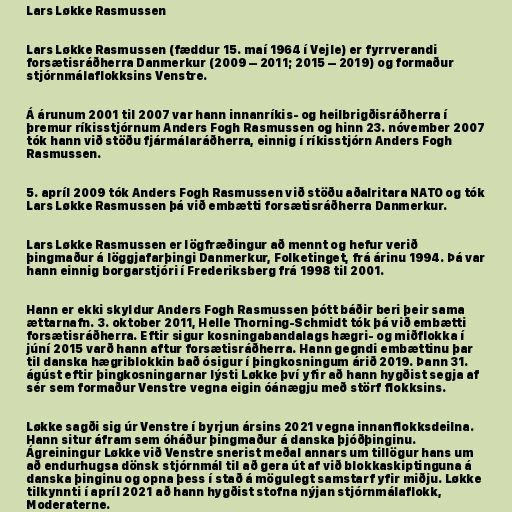
Lars Løkke Rasmussen

Lars Løkke Rasmussen (fæddur 15. maí 1964 í Vejle) er fyrrverandi
forsætisráðherra Danmerkur (2009 – 2011; 2015 – 2019) og formaður
stjórnmálaflokksins Venstre.

Á árunum 2001 til 2007 var hann innanríkis- og heilbrigðisráðherra í
þremur ríkisstjórnum Anders Fogh Rasmussen og hinn 23. nóvember 2007
tók hann við stöðu fjármálaráðherra, einnig í ríkisstjórn Anders Fogh
Rasmussen.

5. apríl 2009 tók Anders Fogh Rasmussen við stöðu aðalritara NATO og tók
Lars Løkke Rasmussen þá við embætti forsætisráðherra Danmerkur.

Lars Løkke Rasmussen er lögfræðingur að mennt og hefur verið
þingmaður á löggjafarþingi Danmerkur, Folketinget, frá árinu 1994. Þá var
hann einnig borgarstjóri í Frederiksberg frá 1998 til 2001.

Hann er ekki skyldur Anders Fogh Rasmussen þótt báðir beri þeir sama
ættarnafn. 3. oktober 2011, Helle Thorning-Schmidt tók þá við embætti
forsætisráðherra. Eftir sigur kosningabandalags hægri- og miðflokka í
júní 2015 varð hann aftur forsætisráðherra. Hann gegndi embættinu þar
til danska hægriblokkin bað ósigur í þingkosningum árið 2019. Þann 31.
ágúst eftir þingkosningarnar lýsti Løkke því yfir að hann hygðist segja af
sér sem formaður Venstre vegna eigin óánægju með störf flokksins.

Løkke sagði sig úr Venstre í byrjun ársins 2021 vegna innanflokksdeilna.
Hann situr áfram sem óháður þingmaður á danska þjóðþinginu.
Ágreiningur Løkke við Venstre snerist meðal annars um tillögur hans um
að endurhugsa dönsk stjórnmál til að gera út af við blokkaskiptinguna á
danska þinginu og opna þess í stað á mögulegt samstarf yfir miðju. Løkke
tilkynnti í apríl 2021 að hann hygðist stofna nýjan stjórnmálaflokk,
Moderaterne.